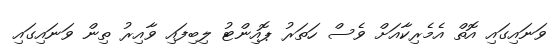
ވަނައިގައި އޮތް އެމެރިކާއަށް ވެސް ހަތަރު ޕޮއިންޓު ލިބިފައި ވާއިރު ތިން ވަނައިގައި